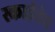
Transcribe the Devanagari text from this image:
स्काईवेव